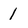
Character: 1